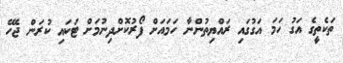
ތަކެތީގެ އަގު ހަމަ އަގުގައި ރައްޔިތުންނާ ހަމައަށް ފޯރުކޮށްދިނުމަށް ޓަކައި ކުރަން ޖެހޭ